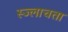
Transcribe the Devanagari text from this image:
स्ज्लाचता